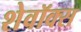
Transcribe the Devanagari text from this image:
शेवॉक्स